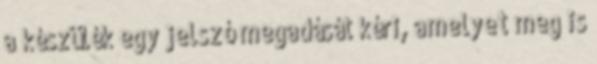
a készülék egy jelszó megadását kéri, amelyet meg is